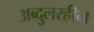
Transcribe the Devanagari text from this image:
अब्दुलरहीम